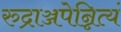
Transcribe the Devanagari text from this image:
रुद्राञ्जपेन्नित्यं